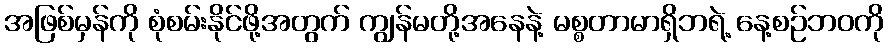
အဖြစ်မှန်ကို စုံစမ်းနိုင်ဖို့အတွက် ကျွန်မတို့အနေနဲ့ မစ္စတာမာရှိဘရဲ့ နေ့စဉ်ဘဝကို